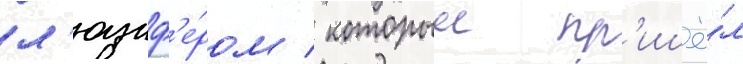
л'юциф'е́ром / которыи пр'ишё́л